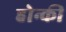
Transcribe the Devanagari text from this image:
होन्की